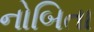
નોબિતા